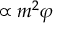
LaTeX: \propto m ^ { 2 } \varphi